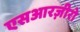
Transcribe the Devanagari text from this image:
एसआरज़ीरो